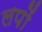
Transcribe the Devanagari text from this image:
लपों